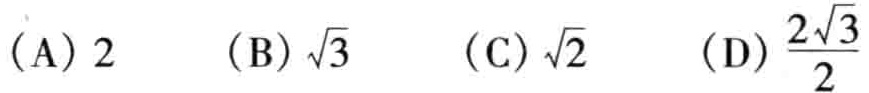
（A）$2$  （B）$\sqrt{3}$  （C）$\sqrt{2}$  （D）$\frac{2\sqrt{3}}{2}$